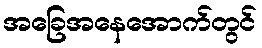
အခြေအနေအောက်တွင်